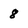
Character: 8